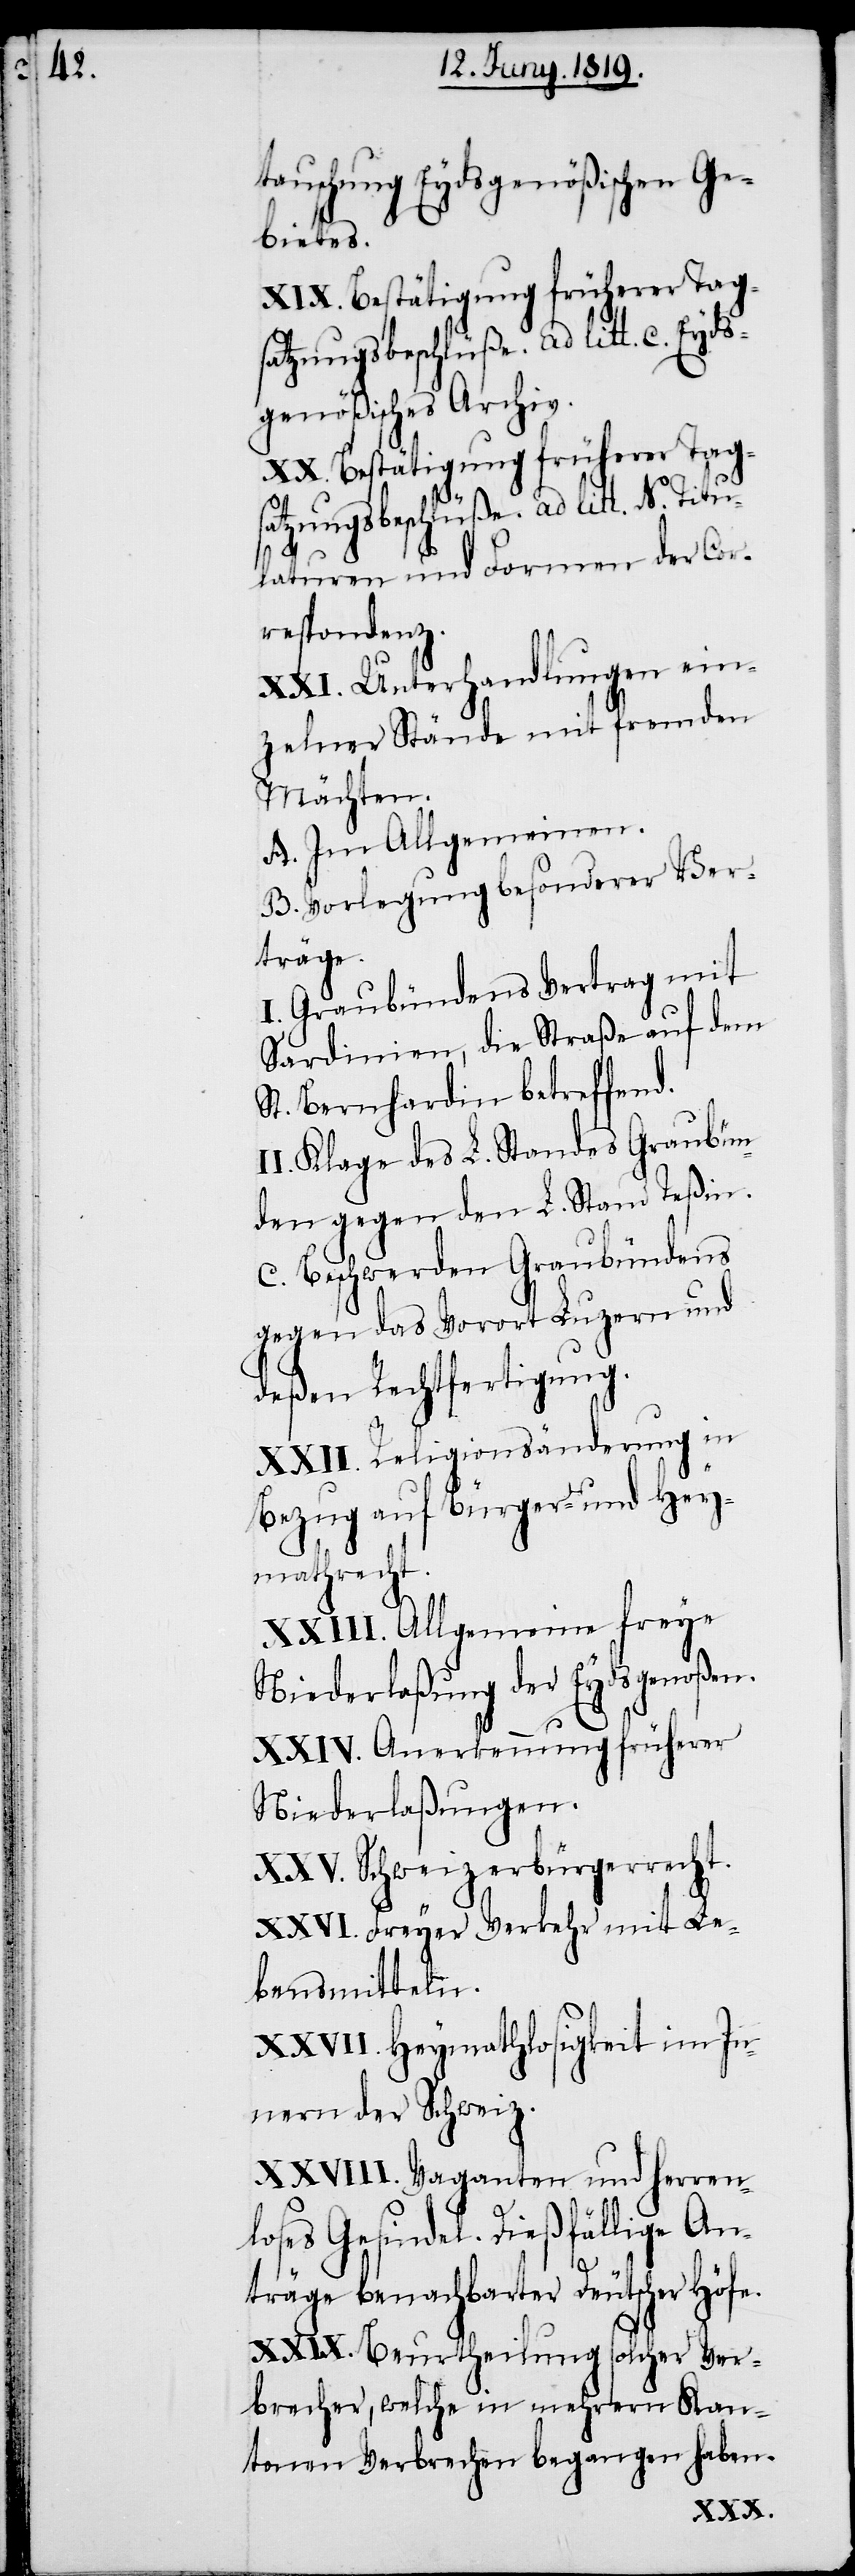
tauschung Eydsgenößischen Ge¬
bietes.
XX. Bestätigung früherer Tag¬
genößisches Archiv.
satzungsbeschlüße. ad litt. N. Titu¬
laturen und Formen der Cor¬
respondenz.
XXI. Unterhandlungen ein¬
zelner Stände mit fremden
Mächten.
A. Im Allgemeinen.
B. Vorlegung besonderer Ver¬
träge.
I. Graubündens Vertrag mit
Sardinien, die Straße auf dem
St. Bernhardin betreffend.
II. Klage des L. Standes Graubün¬
den gegen den L. Stand Teßin.
C. Beschwerden Graubündens
gegen das Vorort Luzern und
deßen Rechtfertigung.
XXII. Religionsänderung in
Bezug auf Bürger- und Hey¬
mathrecht.
XXIII. Allgemeine freye
Niederlaßung der Eydsgenoßen.
XXIV. Anerkennung früherer
Niederlaßungen.
XXV. Schweizerbürgerrecht.
XXVI. Freyer Verkehr mit Le¬
bensmitteln.
XXVII. Heymathlosigkeit im In¬
nern der Schweiz.
XXVIII. Vaganten und herren¬
loses Gesindel. Dießfällige An¬
träge benachbarter Deutscher Höfe.
XXIX. Beurtheilung solcher Ver¬
brecher, welche in mehrern Kan¬
tonen Verbrechen begangen haben.